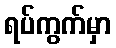
ရပ်ကွက်မှာ